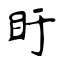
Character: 盱